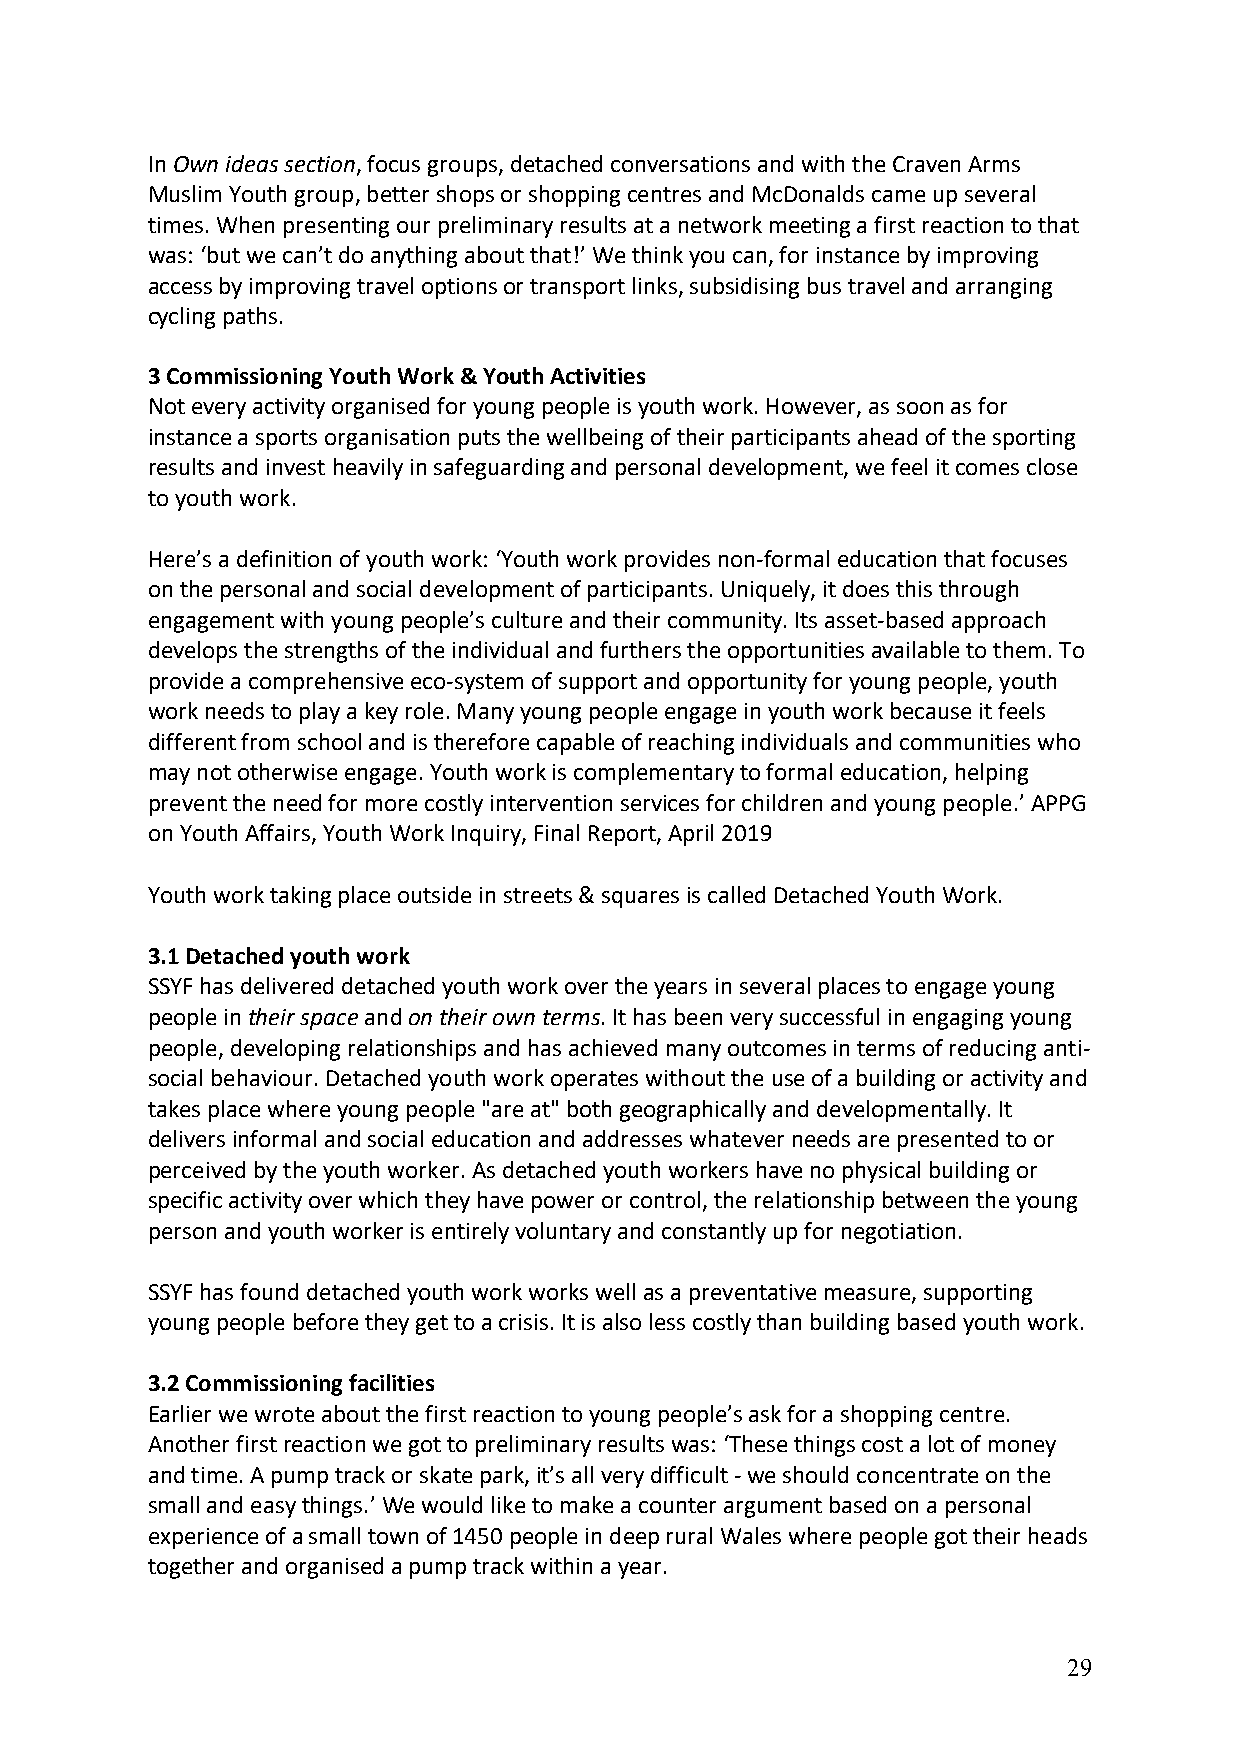
In Own ideas section, focus groups, detached conversations and with the Craven Arms
 Muslim Youth group, better shops or shopping centres and McDonalds came up several
 times. When presenting our preliminary results at a network meeting a first reaction to that
 was: ‘but we can’t do anything about that!’ We think you can, for instance by improving
 access by improving travel options or transport links, subsidising bus travel and arranging
 cycling paths.
 3 Commissioning Youth Work & Youth Activities
 Not every activity organised for young people is youth work. However, as soon as for
 instance a sports organisation puts the wellbeing of their participants ahead of the sporting
 results and invest heavily in safeguarding and personal development, we feel it comes close
 to youth work.
 Here’s a definition of youth work: ‘Youth work provides non-formal education that focuses
 on the personal and social development of participants. Uniquely, it does this through
 engagement with young people’s culture and their community. Its asset-based approach
 develops the strengths of the individual and furthers the opportunities available to them. To
 provide a comprehensive eco-system of support and opportunity for young people, youth
 work needs to play a key role. Many young people engage in youth work because it feels
 different from school and is therefore capable of reaching individuals and communities who
 may not otherwise engage. Youth work is complementary to formal education, helping
 prevent the need for more costly intervention services for children and young people.’ APPG
 on Youth Affairs, Youth Work Inquiry, Final Report, April 2019
 Youth work taking place outside in streets & squares is called Detached Youth Work.
 3.1 Detached youth work
 SSYF has delivered detached youth work over the years in several places to engage young
 people in their space and on their own terms. It has been very successful in engaging young
 people, developing relationships and has achieved many outcomes in terms of reducing anti-
 social behaviour. Detached youth work operates without the use of a building or activity and
 takes place where young people "are at" both geographically and developmentally. It
 delivers informal and social education and addresses whatever needs are presented to or
 perceived by the youth worker. As detached youth workers have no physical building or
 specific activity over which they have power or control, the relationship between the young
 person and youth worker is entirely voluntary and constantly up for negotiation.
 SSYF has found detached youth work works well as a preventative measure, supporting
 young people before they get to a crisis. It is also less costly than building based youth work.
 3.2 Commissioning facilities
 Earlier we wrote about the first reaction to young people’s ask for a shopping centre.
 Another first reaction we got to preliminary results was: ‘These things cost a lot of money
 and time. A pump track or skate park, it’s all very difficult - we should concentrate on the
 small and easy things.’ We would like to make a counter argument based on a personal
 experience of a small town of 1450 people in deep rural Wales where people got their heads
 together and organised a pump track within a year.
 29